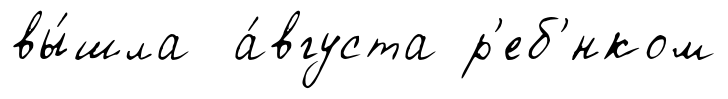
вы́шла а́вгуста р'еб'́нком